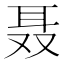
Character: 聂